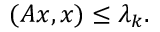
( A x , x ) \leq \lambda _ { k } .